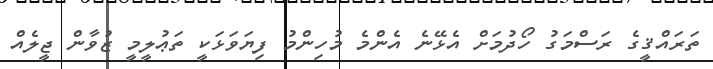
ތަރައްޤީގެ ރަސްމަގު ހޯދުމަށް އެޅޭނެ އެންމެ މުހިންމު ފިޔަވަޅަކީ ތަޢުލީމީ ޒުވާން ޖީލެއް